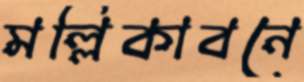
মল্লিকাবনে